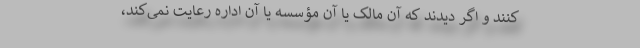
کنند و اگر دیدند که آن مالک یا آن مؤسسه یا آن اداره رعایت نمی‌کند،